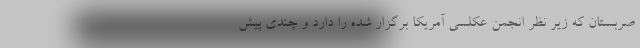
صربستان که زیر نظر انجمن عکلسی آمریکا برگزار شده را دارد و چندی پیش